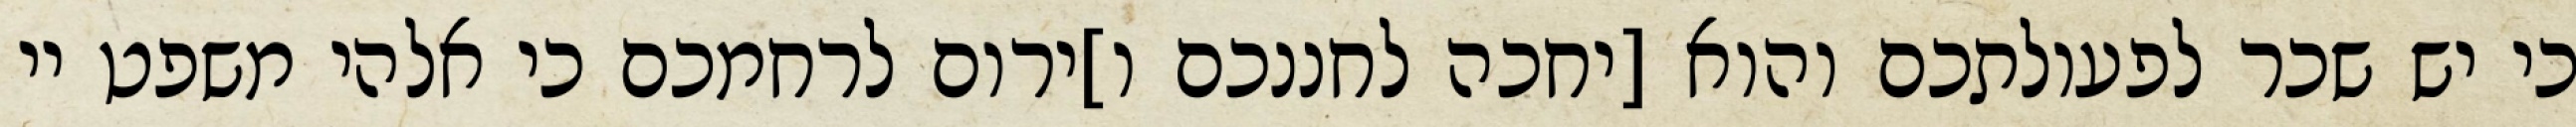
כי יש שכר לפעולתכם והוא [יחכה לחננכם ו]ירום לרחמכם כי אלהי משפט יי